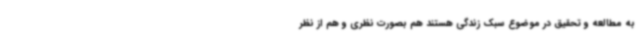
به مطالعه و تحقیق در موضوع سبک زندگی هستند هم بصورت نظری و هم از نظر